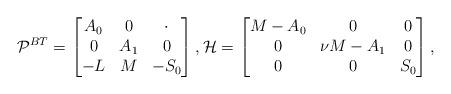
LaTeX: \begin{align*}{\cal P}^{BT} =\begin{bmatrix}A_0 & 0 & \cdot \\ 0 & A_1 & 0 \\ -L & M & - S_0\end{bmatrix} ,{\cal H} =\begin{bmatrix}M-A_0 & 0 & 0 \\ 0 & \nu M - A_1 & 0 \\ 0 & 0 & S_0\end{bmatrix} ,\end{align*}